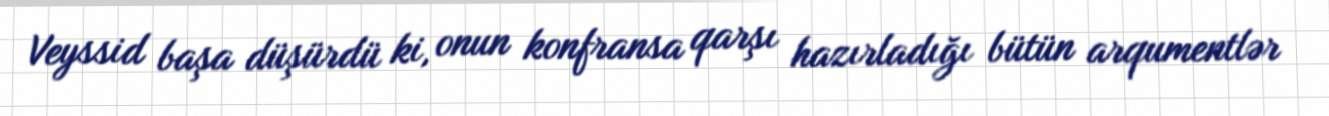
Veyssid başa düşürdü ki, onun konfransa qarşı hazırladığı bütün arqumentlər